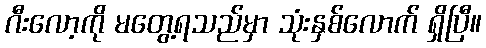
ဂီးလော့ကို မတွေ့ရသည်မှာ သုံးနှစ်လောက် ရှိပြီ။